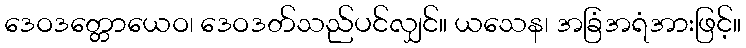
ဒေဝဒတ္တောယေဝ၊ ဒေဝဒတ်သည်ပင်လျှင်။ ယသေန၊ အခြံအရံအားဖြင့်။